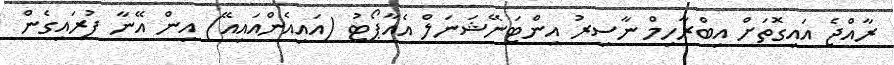
ރާއްޖެ އައިގޮތަށް އިބްރާހިމް ނާސިރު އިންޓަނޭޝަނަލް އެއާޕޯޓު (އައިއެންއައިއޭ) އިން އޭނާ ފުރައިގެން